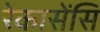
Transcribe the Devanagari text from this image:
रेकासेंसि